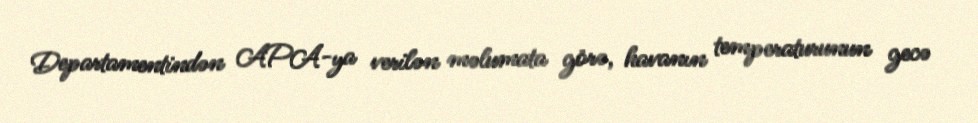
Departamentindən APA-ya verilən məlumata görə, havanın temperaturunun gecə